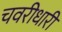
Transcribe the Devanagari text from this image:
चवरीधारी